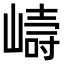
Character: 𭗇